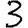
Digit: 3